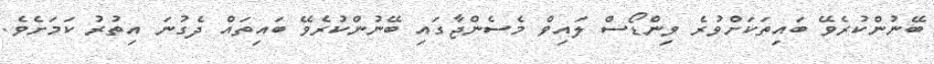
ބޭނުންކުރެވޭ ބައިތަކަށްވުރެ ވިންޑޯސް ލައިވް މެސެންޖާގައި ބޭނުންކުރެވޭ ބައިތައް ދެގުނަ އިތުރު ކަމަށެވެ.